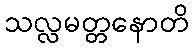
သလ္လမတ္တနောတိ